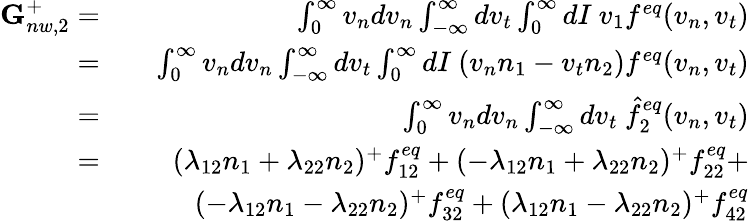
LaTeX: \begin{array}{rlr}{\textbf{G}_{nw,2}^{+}=}&{}&{\int_{0}^{\infty}v_{n}dv_{n}\int_{-\infty}^{\infty}dv_{t}\int_{0}^{\infty}dI\ v_{1}f^{eq}(v_{n},v_{t})}\\ {=}&{}&{\int_{0}^{\infty}v_{n}dv_{n}\int_{-\infty}^{\infty}dv_{t}\int_{0}^{\infty}dI\ (v_{n}n_{1}-v_{t}n_{2})f^{eq}(v_{n},v_{t})}\\ {=}&{}&{\int_{0}^{\infty}v_{n}dv_{n}\int_{-\infty}^{\infty}dv_{t}\ \hat{f}_{2}^{eq}(v_{n},v_{t})}\\ {=}&{}&{(\lambda_{12}n_{1}+\lambda_{22}n_{2})^{+}f_{12}^{eq}+(-\lambda_{12}n_{1}+\lambda_{22}n_{2})^{+}f_{22}^{eq}+}\\ &{}&{(-\lambda_{12}n_{1}-\lambda_{22}n_{2})^{+}f_{32}^{eq}+(\lambda_{12}n_{1}-\lambda_{22}n_{2})^{+}f_{42}^{eq}}\end{array}